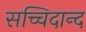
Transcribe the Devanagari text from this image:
सच्चिदान्द